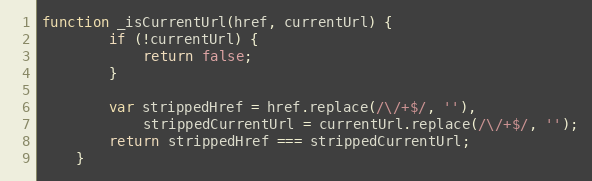
Language: JavaScript
function _isCurrentUrl(href, currentUrl) {
        if (!currentUrl) {
            return false;
        }

        var strippedHref = href.replace(/\/+$/, ''),
            strippedCurrentUrl = currentUrl.replace(/\/+$/, '');
        return strippedHref === strippedCurrentUrl;
    }